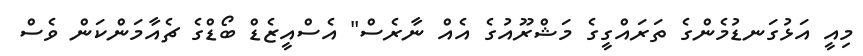
މިއީ އަޅުގަނޑުމެންގެ ތަރައްގީގެ މަޝްރޫއުގެ އެއް ނާރެސް" އެސްއީޒެޑް ބޯޑްގެ ޗެއާމަންކަން ވެސް